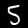
Label: 5